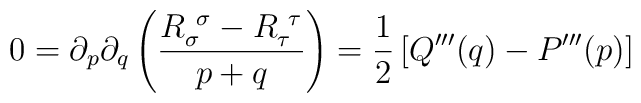
0=\partial_p \partial_q \left( {R_\sigma^{\ \sigma} - R_\tau^{\ \tau}	\over p + q }\right) = {1 \over 2} \left[ Q'''(q) - P'''(p)	\right]